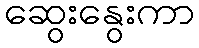
ဆွေးနွေးကာ